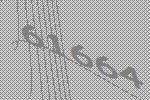
61664